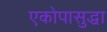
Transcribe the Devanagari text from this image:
एकोपासुद्धा